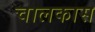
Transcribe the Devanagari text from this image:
चालकास